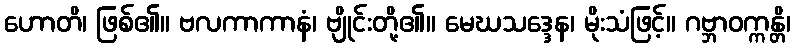
ဟောတိ၊ ဖြစ်၏။ ဗလကာကာနံ၊ ဗျိုင်းတို့၏။ မေဃသဒ္ဒေန၊ မိုးသံဖြင့်။ ဂဗ္ဘာဝက္ကန္တိ၊